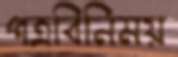
পত্রবিনিময়